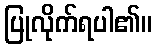
ပြုလိုက်ရပါ၏။